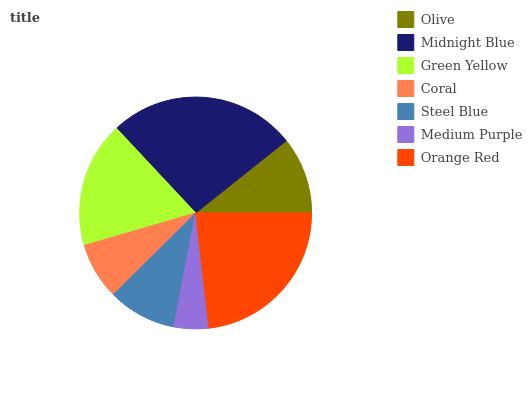
| Olive | Midnight Blue | Green Yellow | Coral | Steel Blue | Medium Purple | Orange Red |
 | --- | --- | --- | --- | --- | --- | --- |
 | 10.7% | 26.3% | 17.5% | 7.92% | 9.55% | 4.84% | 23.2% |